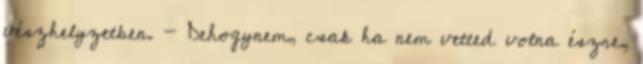
vészhelyzetben. - Dehogynem, csak ha nem vetted volna észre,